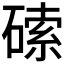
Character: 𱴥